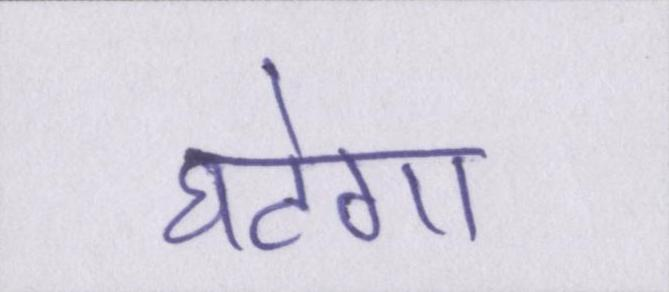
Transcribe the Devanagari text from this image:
घटेगा